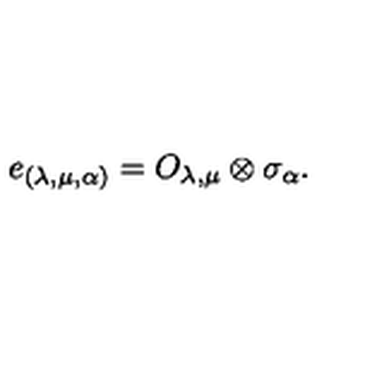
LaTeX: e _ { ( \lambda , \mu , \alpha ) } = O _ { \lambda , \mu } \otimes \sigma _ { \alpha } .